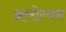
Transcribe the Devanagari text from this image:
आरोग्यम